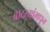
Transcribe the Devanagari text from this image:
बाटल्यांमधून